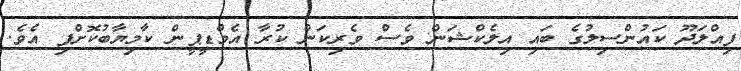
ފިއްލަދޫ ކައުންސިލުގެ ބައި އިލެކްޝަން ވެސް ވެރިކަން ކުރާ އެމްޑީޕީން ކާމިޔާބުކޮށްފި އެވެ.